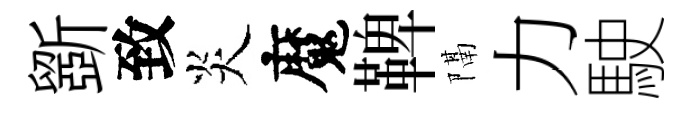
斵致炎魔鞞隔力駛